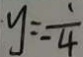
y = \frac { 1 } { - 4 }